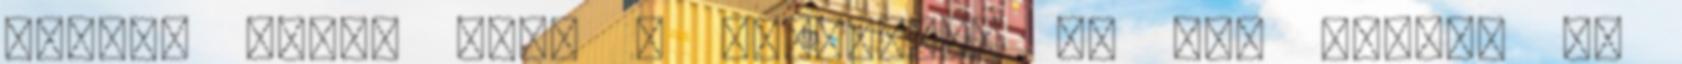
Rendes fickó vagy A jutalmad: El sem hiszem :P